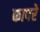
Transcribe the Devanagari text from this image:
कापरे